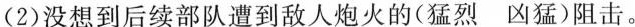
(2)没想到后续部队遭到敌人炮火的(猛烈 凶猛)阻击。